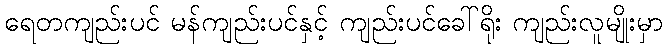
ရေတကျည်းပင် မန်ကျည်းပင်နှင့် ကျည်းပင်ခေါ်ရိုး ကျည်းလူမျိုးမှာ